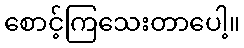
စောင့်ကြသေးတာပေါ့။